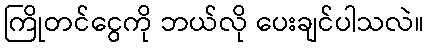
ကြိုတင်ငွေကို ဘယ်လို ပေးချင်ပါသလဲ။